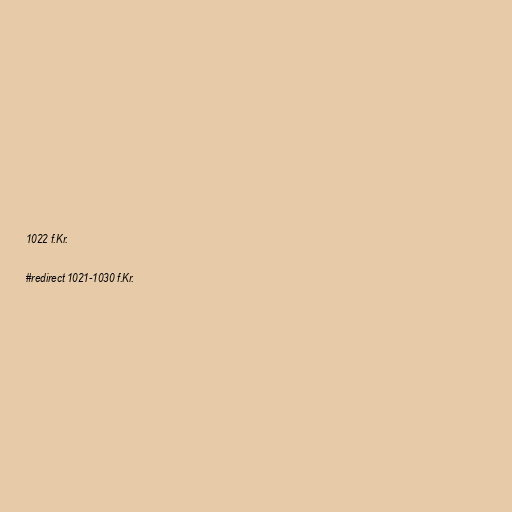
1022 f.Kr.

#redirect 1021-1030 f.Kr.